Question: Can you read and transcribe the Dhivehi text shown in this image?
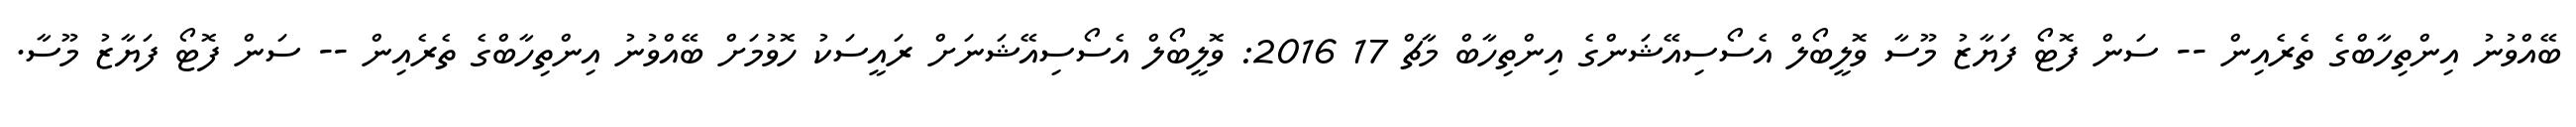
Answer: ބޭއްވުނު އިންތިހާބްގެ ތެރެއިން -- ސަން ފޮޓޯ ފަޔާޒު މޫސާ ވޮލީބޯލް އެސޯސިއޭޝަންގެ އިންތިހާބް މާޗް 17 2016: ވޮލީބޯލް އެސޯސިއޭޝަނަށް ރައީސަކު ހޮވުމަށް ބޭއްވުނު އިންތިހާބްގެ ތެރެއިން -- ސަން ފޮޓޯ ފަޔާޒު މޫސާ.